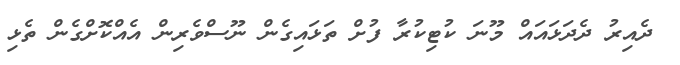
ދެއިރު ދެދަޅައައް މޫނަ ކުޓިކުރާ ފުށް ތަޅައިގެން ނޫސްވެރިން އެއްކޮށްގެން ތެޅި